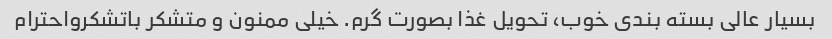
بسیار عالی بسته بندی خوب، تحویل غذا بصورت گرم. خیلی ممنون و متشکر باتشکرواحترام